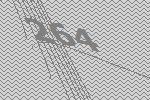
264